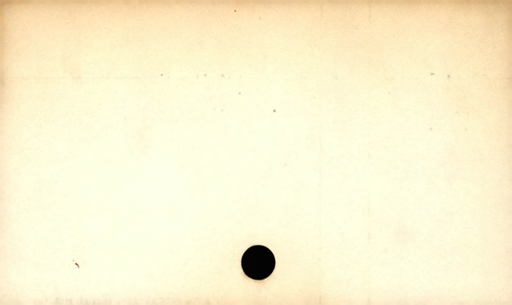
Label: divider